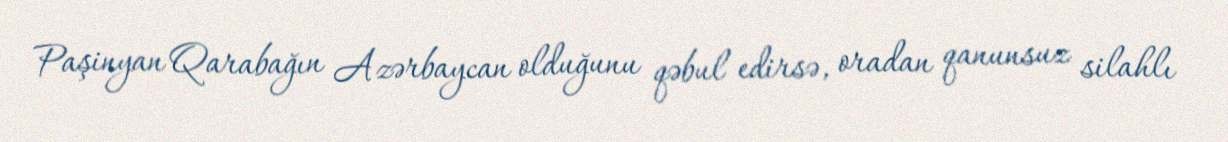
Paşinyan Qarabağın Azərbaycan olduğunu qəbul edirsə, oradan qanunsuz silahlı